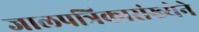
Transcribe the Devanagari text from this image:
जालपत्रिकासंख्येने